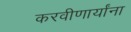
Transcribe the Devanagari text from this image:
करवीणार्यांना